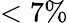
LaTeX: <7\%